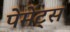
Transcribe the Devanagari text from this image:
पेमेंट्‌स